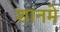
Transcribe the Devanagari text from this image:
शानमे